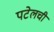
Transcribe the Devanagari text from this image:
पटेलची